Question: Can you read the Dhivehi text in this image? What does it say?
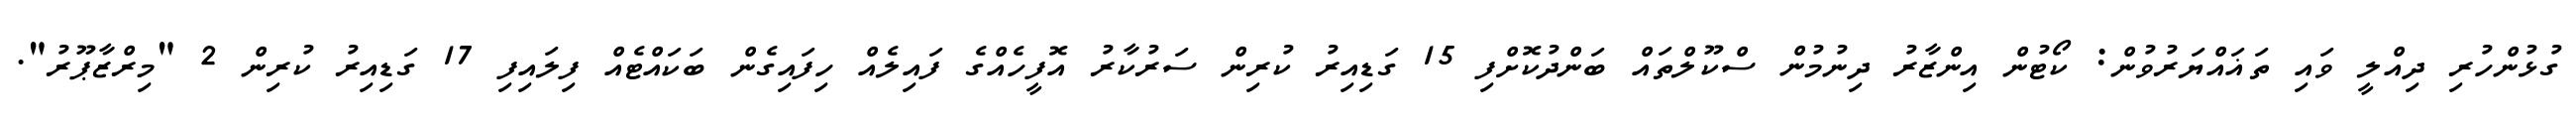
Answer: ގުޅުންހުރި ދިއްލީ ވައި ތަޣައްޔަރުވުން: ކޯޓުން އިންޒާރު ދިނުމުން ސްކޫލްތައް ބަންދުކޮށްފި 15 ގަޑިއިރު ކުރިން ސަރުކާރު އޮފީހެއްގެ ފައިލެއް ހިފައިގެން ބަކައްޓެއް ފިލައިފި 17 ގަޑިއިރު ކުރިން 2 "މިރްޒާޕޫރު".